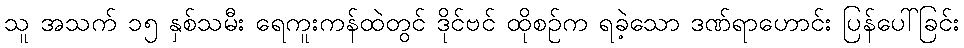
သူ အသက် ၁၅ နှစ်သမီး ရေကူးကန်ထဲတွင် ဒိုင်ဗင် ထိုစဉ်က ရခဲ့သော ဒဏ်ရာဟောင်း ပြန်ပေါ်ခြင်း